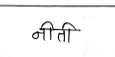
मजकूर: नीती